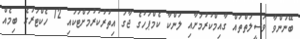
ބޭނުންވާ ވަސީލަތްތައް ގާއިމްކުރުމަށާއި ލަންކާ ކެމްޕަހުގެ ޖާގަ އިތުރުކުރުމަށްޓަކައި 12 ހެކްޓަރުގެ ބިމެއް